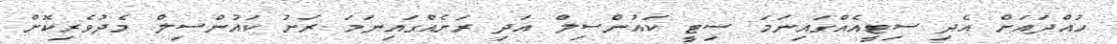
ހުއްދައަށް އެދި ސިޓީއެއްގައިނަމަ ސިޓީ ކައުންސިލް އަދި ރަށެއްގައިނަމަ ރަށު ކައުންސިލް މެދުވެރިކޮށް